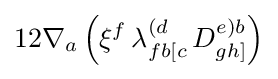
12\nabla _{a}\left(\xi ^{f}\,\lambda _{fb[c}^{(d}\,D_{gh]}^{e)b}\right)